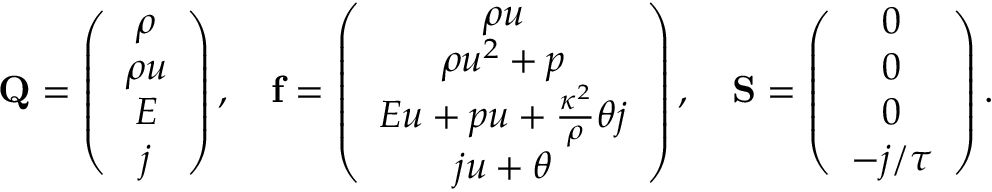
\mathbf { Q } = \left( \begin{array} { c } { \rho } \\ { \rho u } \\ { E } \\ { j } \end{array} \right) , \quad \mathbf { f } = \left( \begin{array} { c } { \rho u } \\ { \rho u ^ { 2 } + p } \\ { E u + p u + \frac { \kappa ^ { 2 } } { \rho } \theta j } \\ { j u + \theta } \end{array} \right) , \quad \mathbf { S } = \left( \begin{array} { c } { 0 } \\ { 0 } \\ { 0 } \\ { - j / \tau } \end{array} \right) .